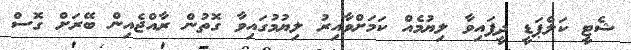
ޝެޓީ ކަލްޕަޑީ ދީފައިވާ ލިޔުމެއް ކަމަށްވާއިރު ލިޔުމުގައިވާ ގޮތުން ރާއްޖެއިން ބޭރަށް ގޮސް